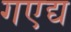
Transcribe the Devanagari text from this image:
गएद्य